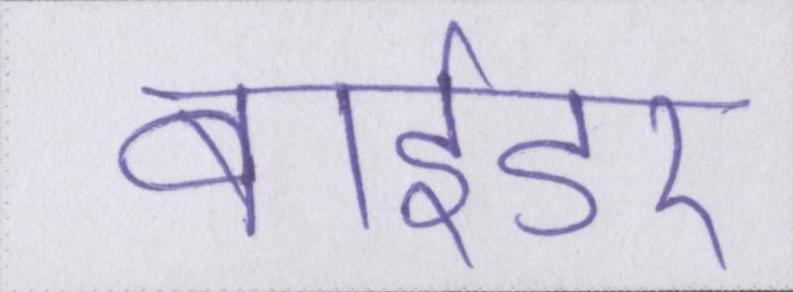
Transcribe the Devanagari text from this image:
बाईडर